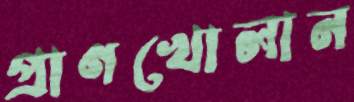
প্রাণখোলান